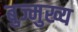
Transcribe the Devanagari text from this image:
बुज्मुख्य